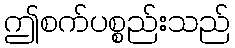
ဤစက်ပစ္စည်းသည်